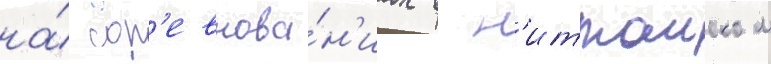
на́ сор'евнова́н'иах в н'иттаиском